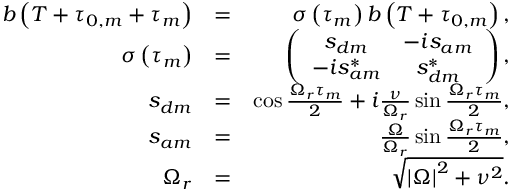
\begin{array} { r l r } { b \left( T + \tau _ { 0 , m } + \tau _ { m } \right) } & { = } & { \sigma \left( \tau _ { m } \right) b \left( T + \tau _ { 0 , m } \right) , } \\ { \sigma \left( \tau _ { m } \right) } & { = } & { \left( \begin{array} { c c } { s _ { d m } } & { - i s _ { a m } } \\ { - i s _ { a m } ^ { \ast } } & { s _ { d m } ^ { \ast } } \end{array} \right) , } \\ { s _ { d m } } & { = } & { \cos \frac { \Omega _ { r } \tau _ { m } } { 2 } + i \frac { \nu } { \Omega _ { r } } \sin \frac { \Omega _ { r } \tau _ { m } } { 2 } , } \\ { s _ { a m } } & { = } & { \frac { \Omega } { \Omega _ { r } } \sin \frac { \Omega _ { r } \tau _ { m } } { 2 } , } \\ { \Omega _ { r } } & { = } & { \sqrt { \left\vert \Omega \right\vert ^ { 2 } + \nu ^ { 2 } } . } \end{array}